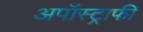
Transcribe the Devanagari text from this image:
अपॉस्ट्राफी